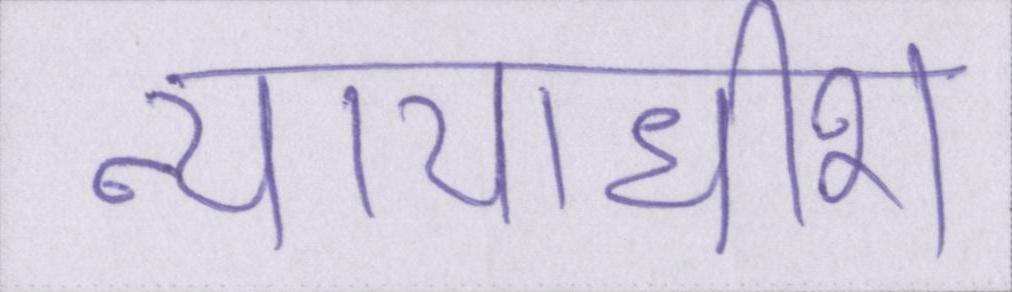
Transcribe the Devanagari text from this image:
न्यायाधीश